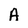
Character: A